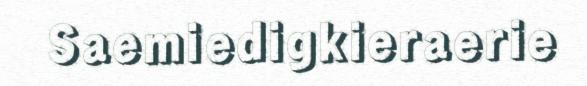
Saemiedigkieraerie